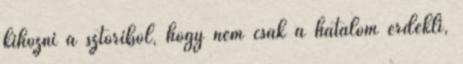
kihozni a sztoriból, hogy nem csak a hatalom érdekli,